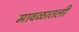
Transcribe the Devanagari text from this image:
मावळातली